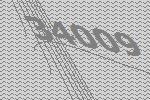
34009